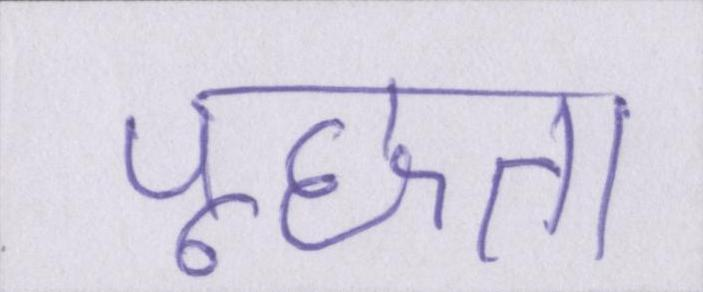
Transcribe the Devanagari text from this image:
पूछता